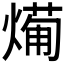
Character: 𭵸